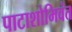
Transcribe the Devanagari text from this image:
पाटाशोभिवंत